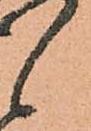
候